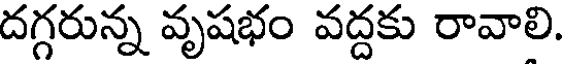
దగ్గరున్న వృషభం వద్దకు రావాలి.